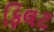
ફિલટ